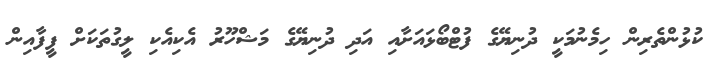
ކުޅުންތެރިން ހިމެނުމަކީ ދުނިޔޭގެ ފުޓްބޯޅައަށާއި އަދި ދުނިޔޭގެ މަޝްހޫރު އެކިއެކި ލީގުތަކަށް ފީފާއިން